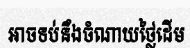
អាចទប់នឹងចំណាយថ្លៃដើម